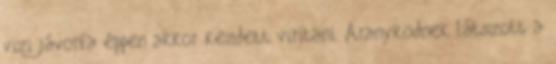
vizi jávorfa éppen akkor kezdett virítani. Aranyködnek látszott a